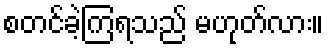
စတင်ခဲ့ကြရသည် မဟုတ်လား။